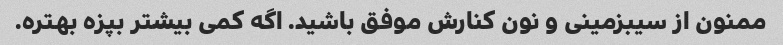
ممنون از سیبزمینی و نون کنارش موفق باشید. اگه کمی بیشتر بپزه بهتره.